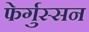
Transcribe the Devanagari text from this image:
फेर्गुस्सन